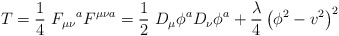
\begin{align*}T=\frac{1}{4}\ F_{\mu \nu}\mbox{}^{a}F^{\mu \nu a}=\frac{1}{2}\ D_{\mu}\phi^aD_{\nu}\phi^a+\frac{\lambda}{4}\left(\phi^2-v^2\right)^2\end{align*}